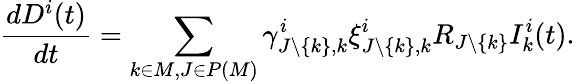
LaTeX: \frac{dD^{i}(t)}{dt}=\sum_{k\in M,J\in P(M)}\gamma_{J\backslash\{ k\} ,k}^{i}\xi_{J\backslash\{ k\} ,k}^{i}R_{J\backslash\{ k\} }I_{k}^{i}(t).